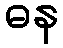
ဓန